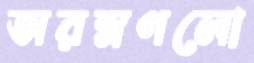
অরম্নণলো